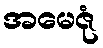
အမေဇုံ